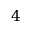
4